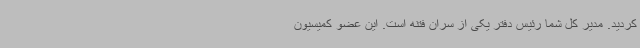
کردید. مدیر کل شما رئیس دفتر یکی از سران فتنه است. این عضو کمیسیون